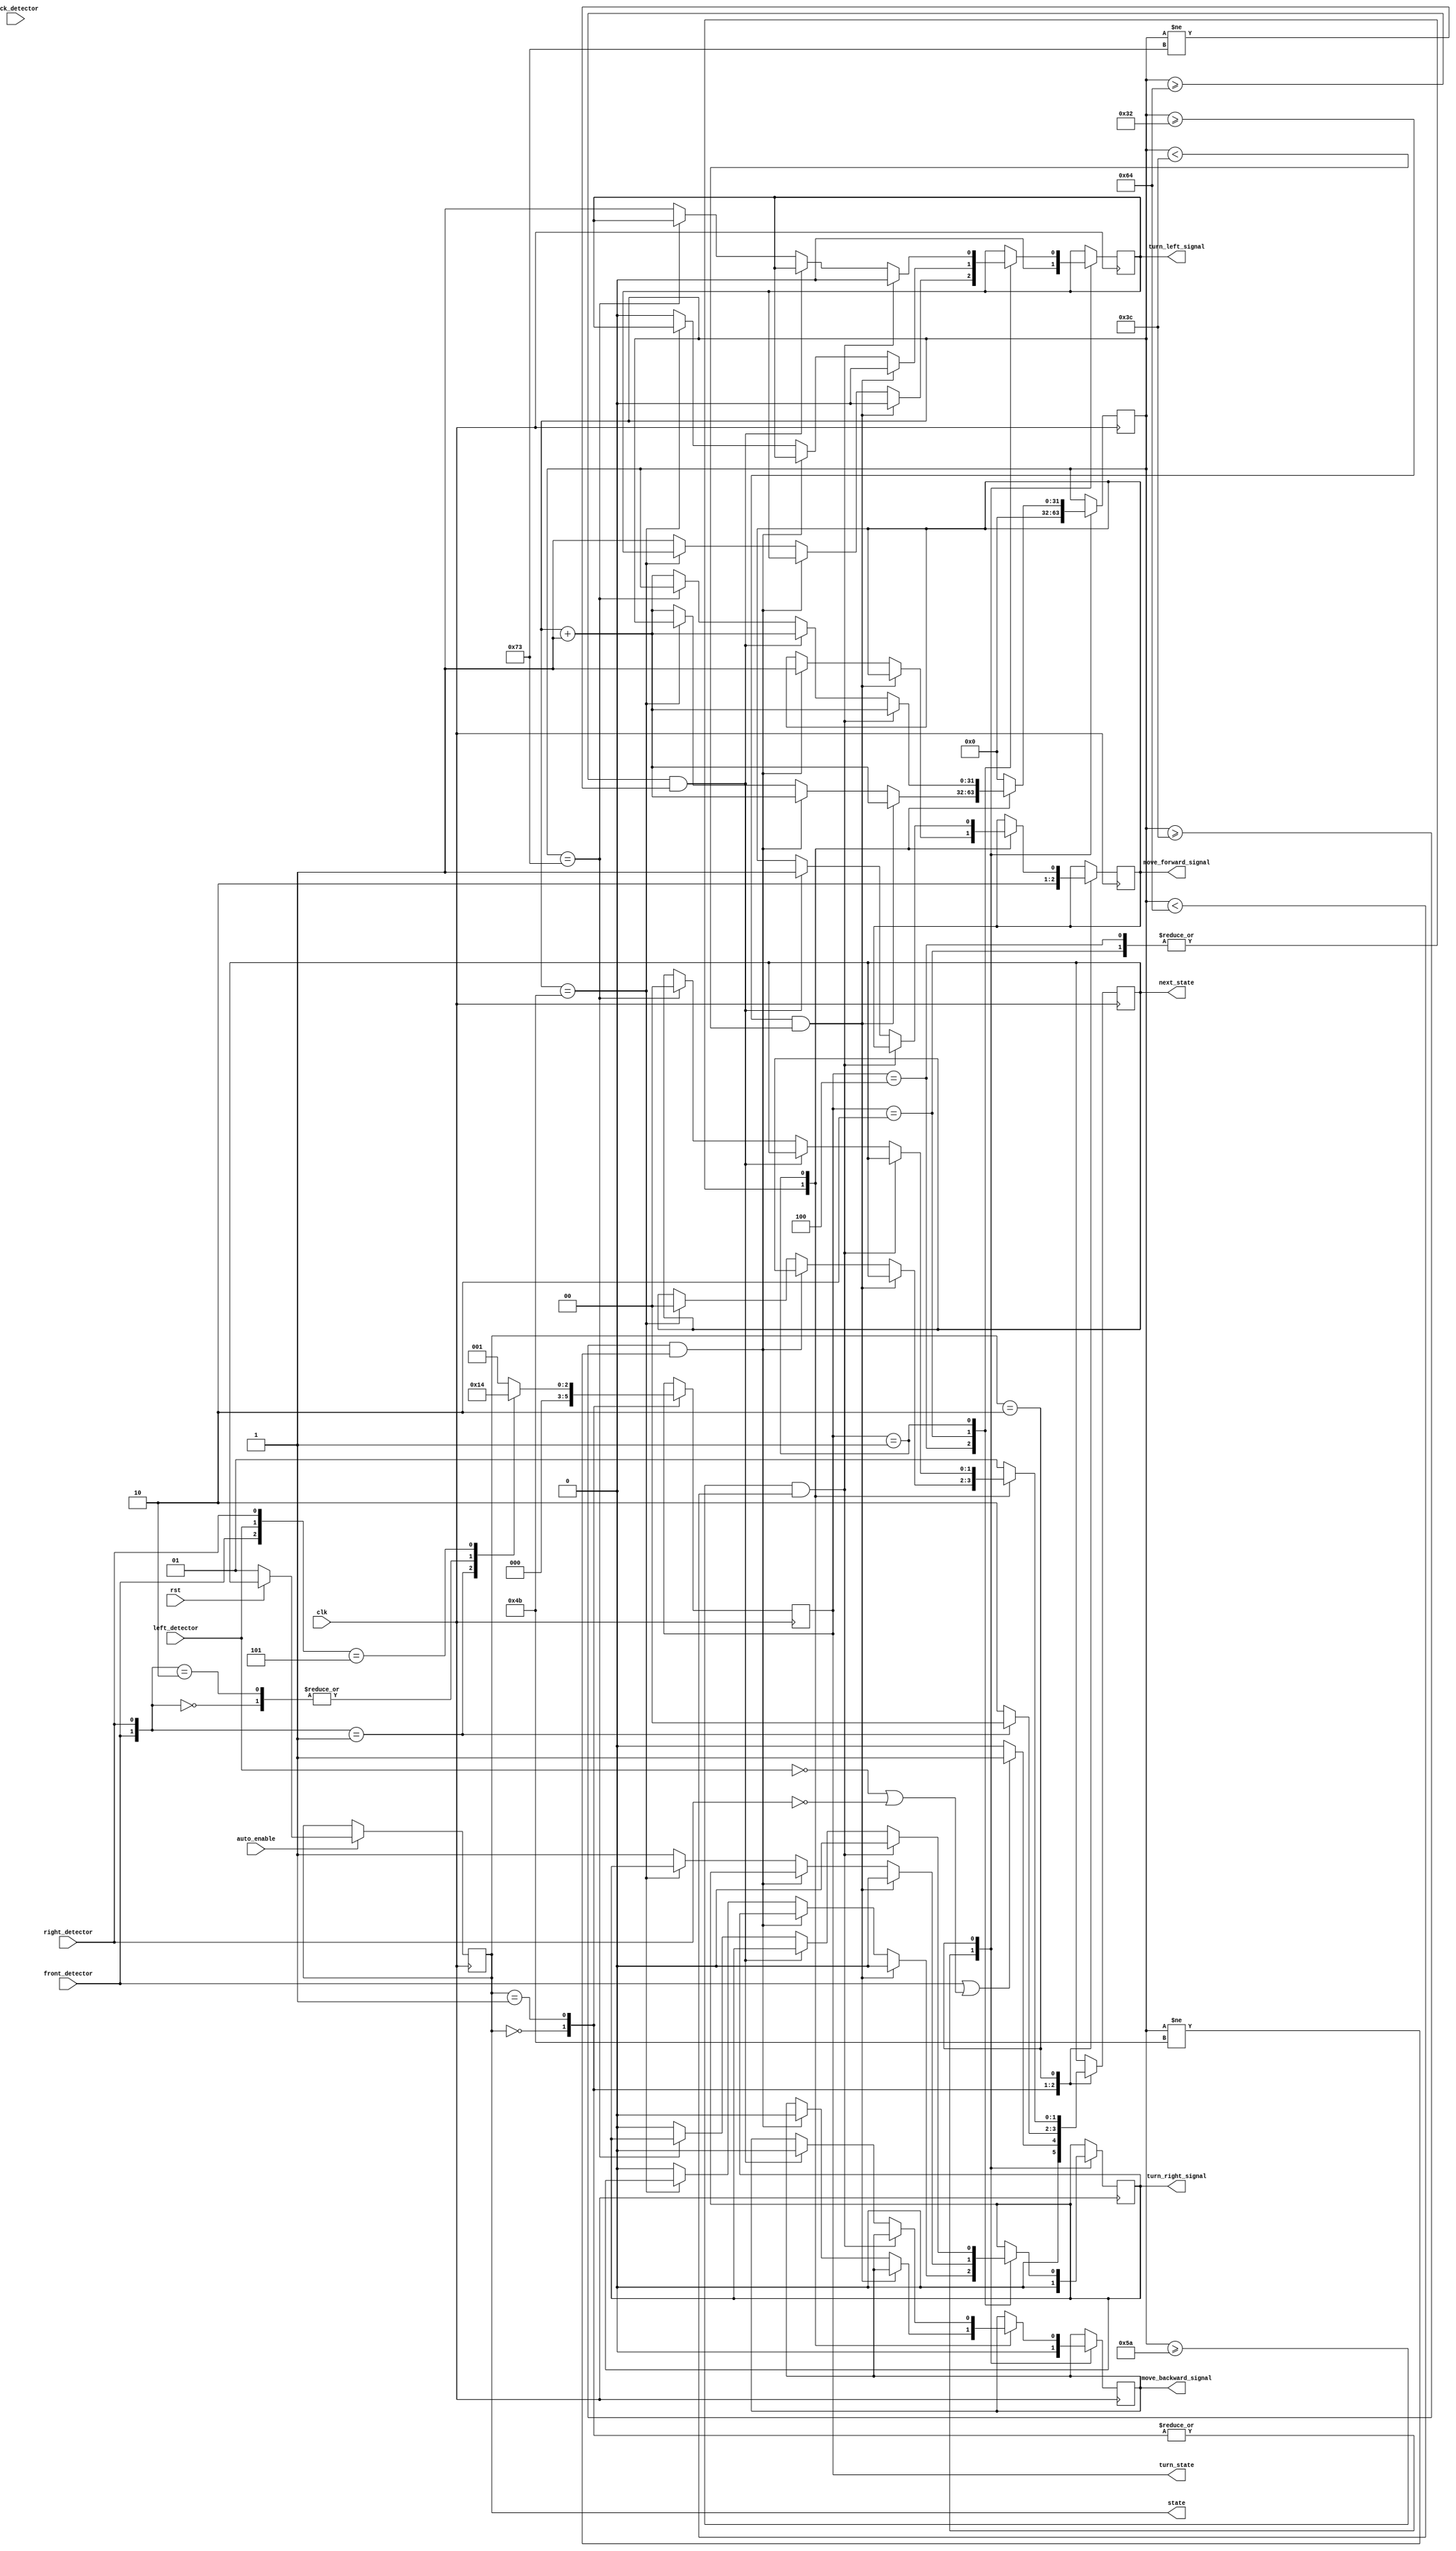
`timescale 1ns / 1ps
//////////////////////////////////////////////////////////////////////////////////
// Company: 
// Engineer: 
// 
// Design Name: 
// Module Name: auto
// Project Name: 
// Target Devices: 
// Tool Versions: 
// Description: 
// 
// Dependencies: 
// 
// Revision:
// Revision 0.01 - File Created
// Additional Comments:
// 
//////////////////////////////////////////////////////////////////////////////////


module auto (
    input clk,
    input auto_enable,//enable
    input rst,

    input front_detector,
    input back_detector,
    input left_detector,
    input right_detector,

    output reg [2:0]turn_state,
    output reg [1:0] state,
    output reg [1:0] next_state,
    output reg turn_left_signal,
    output reg turn_right_signal,
    output reg move_backward_signal,
    output reg move_forward_signal
);
parameter S0 = 2'b00, S1 = 2'b01, S2 = 2'b10;//S0 Moving, S1 Waiting, S2 Turning

//left, right, back
reg [31:0] count;
always @(posedge clk) begin
    if(auto_enable)begin
        if (!rst) begin
            state <= 2'b01;
        end
        else
            state <= next_state;
    end
end

parameter T = 50, T_2 = 90;
parameter T_w = 60, T_w2 = 100;
parameter T_s = 75, T_s2 = 115;
// parameter T = 10, T_2 = 18, T_w = 12, T_w2 = 20, T_s = 17, T_s2 = 25;
always @(posedge clk) begin
    case(state)
        S0:begin
            {move_backward_signal, move_forward_signal} <= 2'b01;
            {turn_left_signal,turn_right_signal} <= 2'b00;
            turn_state <= 3'b000;
            count <= 0;
            if(front_detector == 1'b1 || (left_detector == 1'b0 || right_detector == 1'b0)) begin
                next_state <= S1;
            end
            else begin
                next_state <= S0;
            end
        end
        S1:begin
            {move_backward_signal, move_forward_signal} <= 2'b00;
            {turn_left_signal,turn_right_signal} <= 2'b00;
            turn_state <= 3'b000;
            count <= 0;
            casex({front_detector,back_detector,left_detector,right_detector})
                4'b0xx1:begin
                    turn_state <= 3'b000;
                    next_state <= S0;
                end
                4'b0xx0:begin
                    turn_state <= 3'b010;
                    next_state <= S2;
                end
                4'b1xx0:begin
                    turn_state <= 3'b010;
                    next_state <= S2;
                end
                4'b1x01:begin
                    turn_state <= 3'b100;
                    next_state <= S2;
                end
                default:begin
                    turn_state <= 3'b001;
                    next_state <= S2;
                end
            endcase
        end
        S2:begin
            case(turn_state)
                3'b100:begin
                    if((count >= T) && (count < T_w))begin
                        {turn_left_signal,turn_right_signal} <= 2'b00;
                        count <= count + 1;
                    end
                    else if((count >= T_w) && (count != T_s))begin
                        {move_backward_signal, move_forward_signal} <= 2'b01;
                        count <= count + 1;
                    end
                    else if(count == T_s)begin
                        next_state <= S0;
                    end
                    else begin
                        {turn_left_signal,turn_right_signal} <= 2'b10;
                        count <= count + 1;
                    end
                end
                3'b010:begin
                    if((count >= T) && (count < T_w))begin
                        {turn_left_signal,turn_right_signal} <= 2'b00;
                        count <= count + 1;
                    end
                    else if((count >= T_w) && (count != T_s))begin
                        {move_backward_signal, move_forward_signal} <= 2'b01;
                        count <= count + 1;
                    end
                    else if(count == T_s)begin
                        next_state <= S0;
                    end
                    else begin
                        {turn_left_signal,turn_right_signal} <= 2'b01;
                        count <= count + 1;
                    end
                end
                3'b001:begin
                    if((count >= T_2) && (count < T_w2))begin
                        {turn_left_signal,turn_right_signal} <= 2'b00;
                        count <= count + 1;
                    end
                    else if((count >= T_w2) && (count != T_s2))begin
                        {move_backward_signal, move_forward_signal} <= 2'b01;
                        count <= count + 1;
                    end
                    else if(count == T_s2)begin
                        next_state <= S0;
                    end
                    else begin
                        {turn_left_signal,turn_right_signal} <= 2'b10;
                        count <= count + 1;
                    end
                end
                default:begin
                    count <= 0;
                    next_state <= S1;
                end
            endcase
        end
    endcase
end

endmodule